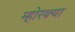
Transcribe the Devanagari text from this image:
म्होरक्‍या